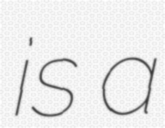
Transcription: is a